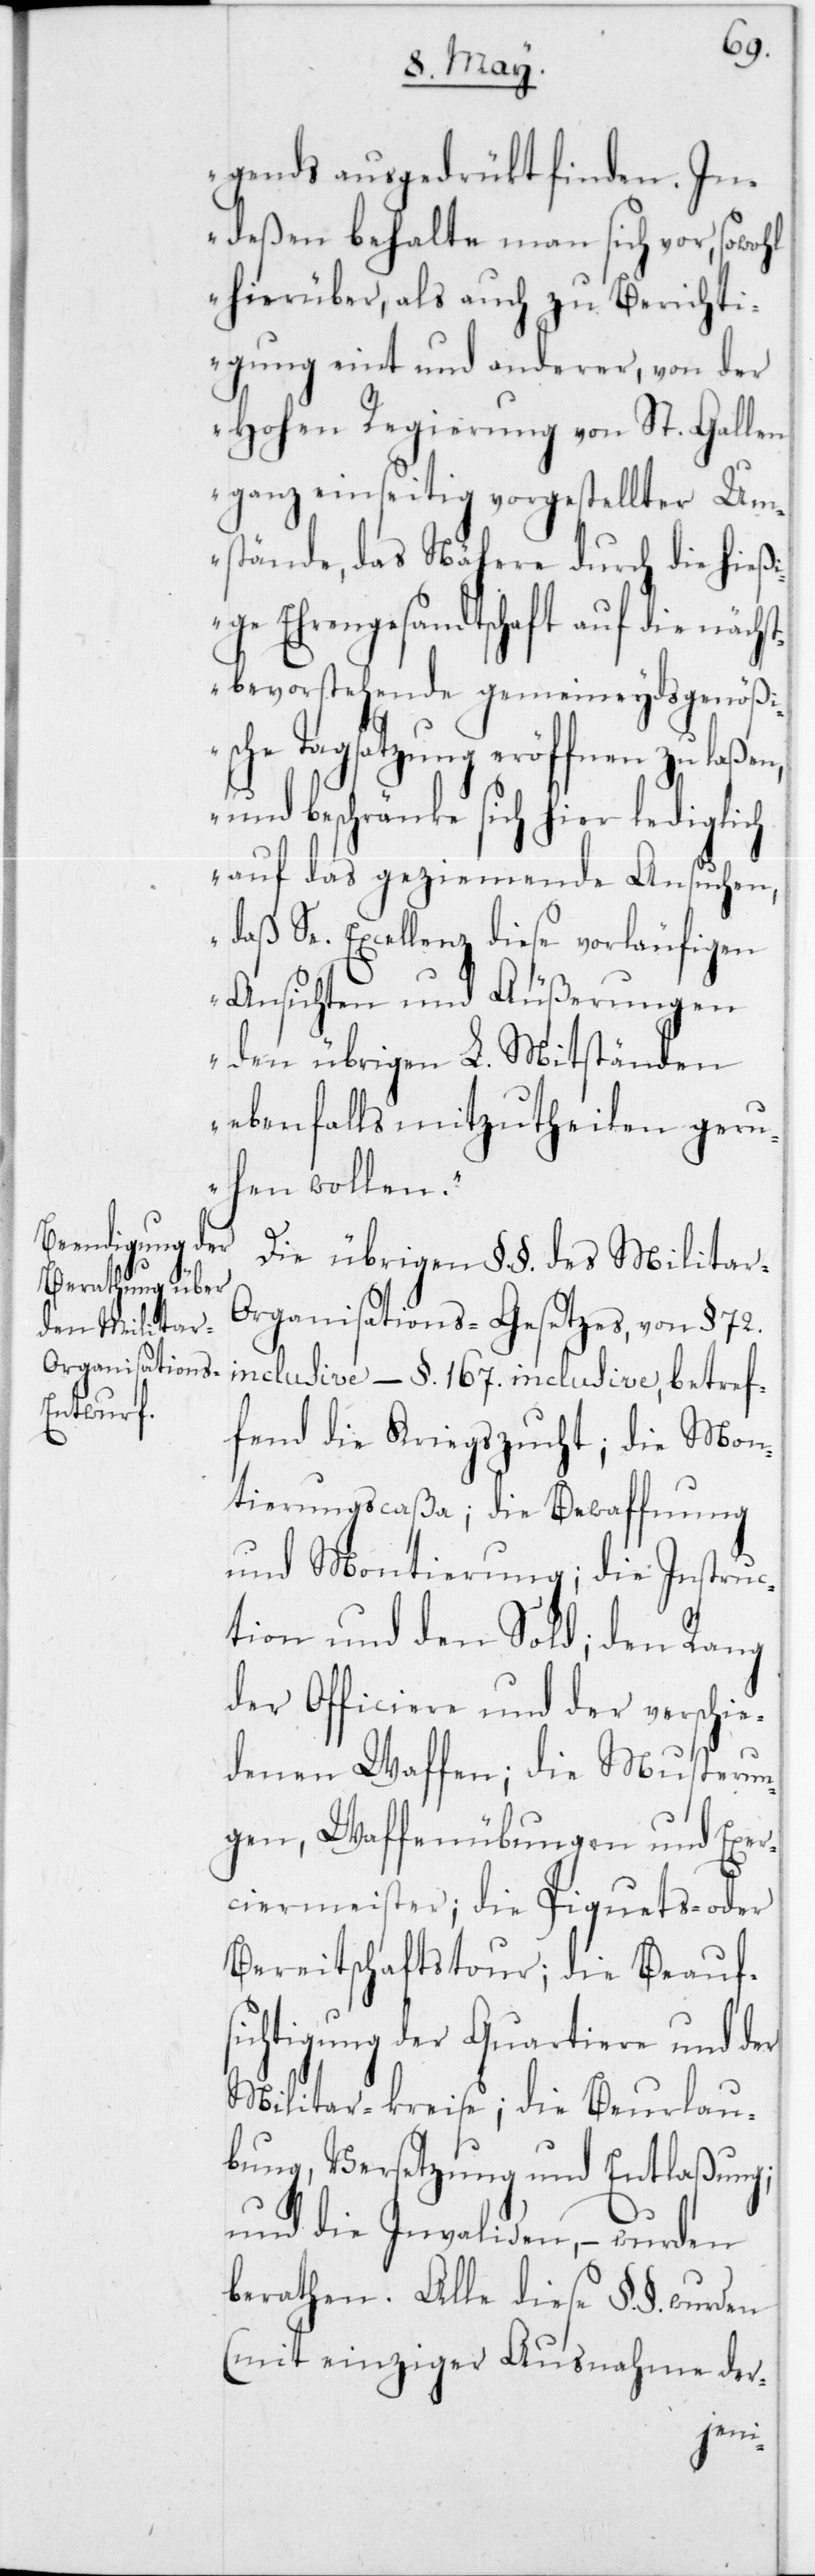
gends ausgedrükt finden. In¬
deßen behalte man sich vor, sowohl
hierüber als auch zu Berichti¬
gung eint und anderer, von der
Hohen Regierung von St. Gallen
ganz einseitig vorgestellter Um¬
stände, das Nähere durch die hieß¬
ige Ehrengesandtschaft auf die nächs¬
tbevorstehende gemeineydsgenößi¬
sche Tagsatzung eröffnen zu laßen,
und beschränke sich hier lediglich
auf das geziemende Ansuchen,
daß Se. Excellenz diese vorläufigen
Ansichten und Äußerungen
den übrigen L. Mitständen
ebenfalls mitzutheilen ger¬
uhen wollen“.
Die übrigen §§ des Militar-O¬
rganisations-Gesetzes, von § 72
inclusive – § 167 inclusive, betref¬
fend die Kriegszucht; die Mon¬
tierungscaßa; die Bewaffung
und Montierung; die Instruc¬
tion und den Sold; den Rang
der Officiere und der verschie¬
denen Waffen; die Musterun¬
gen, Waffenübungen und Exer¬
ciermeister; die Piquets- oder
Bereitschaftstour; die Beaufs¬
ichtigung der Quartiere und der
Militar-Kreise; die Beurlau¬
bung, Versetzung und Entlaßung;
und die Invaliden; – wurden
berathen. Alle diese §§ wurden
einer einzigen Ausnahme der-